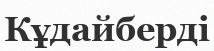
Кұдайберді